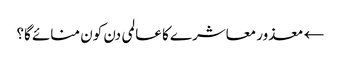
← معذور معاشرے کا عالمی دن کون منائے گا؟